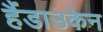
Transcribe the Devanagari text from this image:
हैंडाउकेन